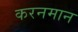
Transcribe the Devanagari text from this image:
करनमान